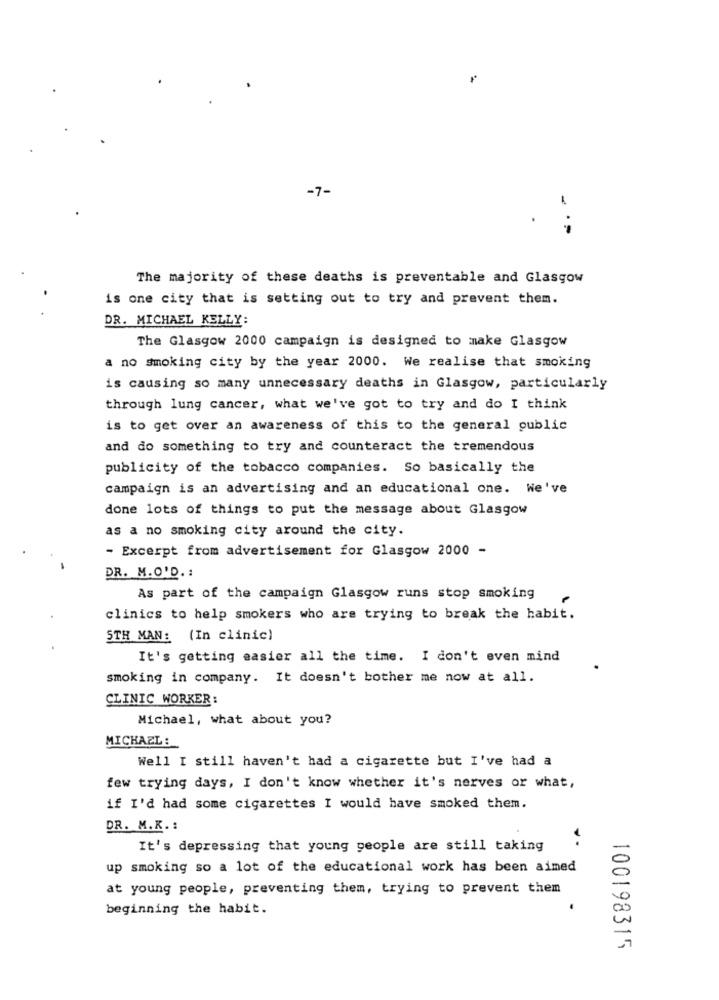
-7-
The majority of these deaths is preventable and Glasgow
is one city that is setting out to try and prevent them.
DR. MICHAEL KELLY:
The Glasgow 2000 campaign is designed to make Glasgow
a no smoking city by the year 2000. We realise that smoking
is causing so many unnecessary deaths in Glasgow, particularly
through lung cancer, what we've got to try and do I think
is to get over an awareness of this to the general public
and do something to try and counteract the tremendous
publicity of the tobacco companies. So basically the
campaign is an advertising and an educational one. We've
done lots of things to put the message about Glasgow
as a no smoking city around the city.
- Excerpt from advertisement for Glasgow 2000 -
DR. M.O'D .:
As part of the campaign Glasgow runs stop smoking
clinics to help smokers who are trying to break the habit.
STH MAN: (In clinic)
It's getting easier all the time. I don't even mind
smoking in company. It doesn't bother me now at all.
CLINIC WORKER:
Michael, what about you?
MICHAEL :
Well I still haven't had a cigarette but I've had a
few trying days, I don't know whether it's nerves or what,
if I'd had some cigarettes I would have smoked them.
DR. M.K .:
It's depressing that young people are still taking
up smoking so a lot of the educational work has been aimed
at young people, preventing them, trying to prevent them
beginning the habit.
100198315